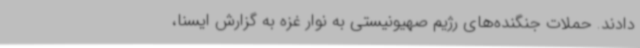
دادند. حملات جنگنده‌های رژیم صهیونیستی به نوار غزه به گزارش ایسنا،